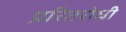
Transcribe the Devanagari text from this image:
प्ररितरोधी